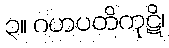
၃။ ဂဟပတိကုဋိ၊